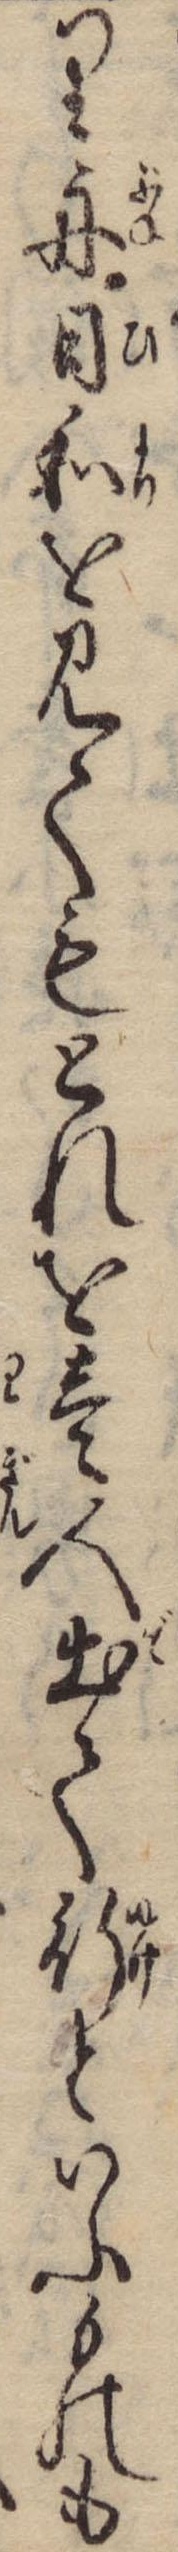
り舟日和を見てもとれを壱人出て行といふものも